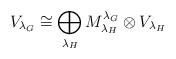
\begin{align*}V_{{\lambda_G}}\cong \bigoplus_{{\lambda_H}} M^{\lambda_G}_{\lambda_H}\otimes V_{{\lambda_H}}\end{align*}